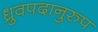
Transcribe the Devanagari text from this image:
ध्रुवपदानुरुप